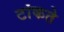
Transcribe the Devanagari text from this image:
टांकते